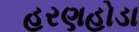
હરણહોડા